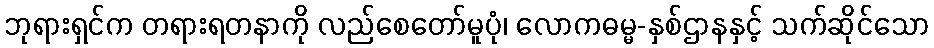
ဘုရားရှင်က တရားရတနာကို လည်စေတော်မူပုံ၊ လောကဓမ္မ-နှစ်ဌာနနှင့် သက်ဆိုင်သော